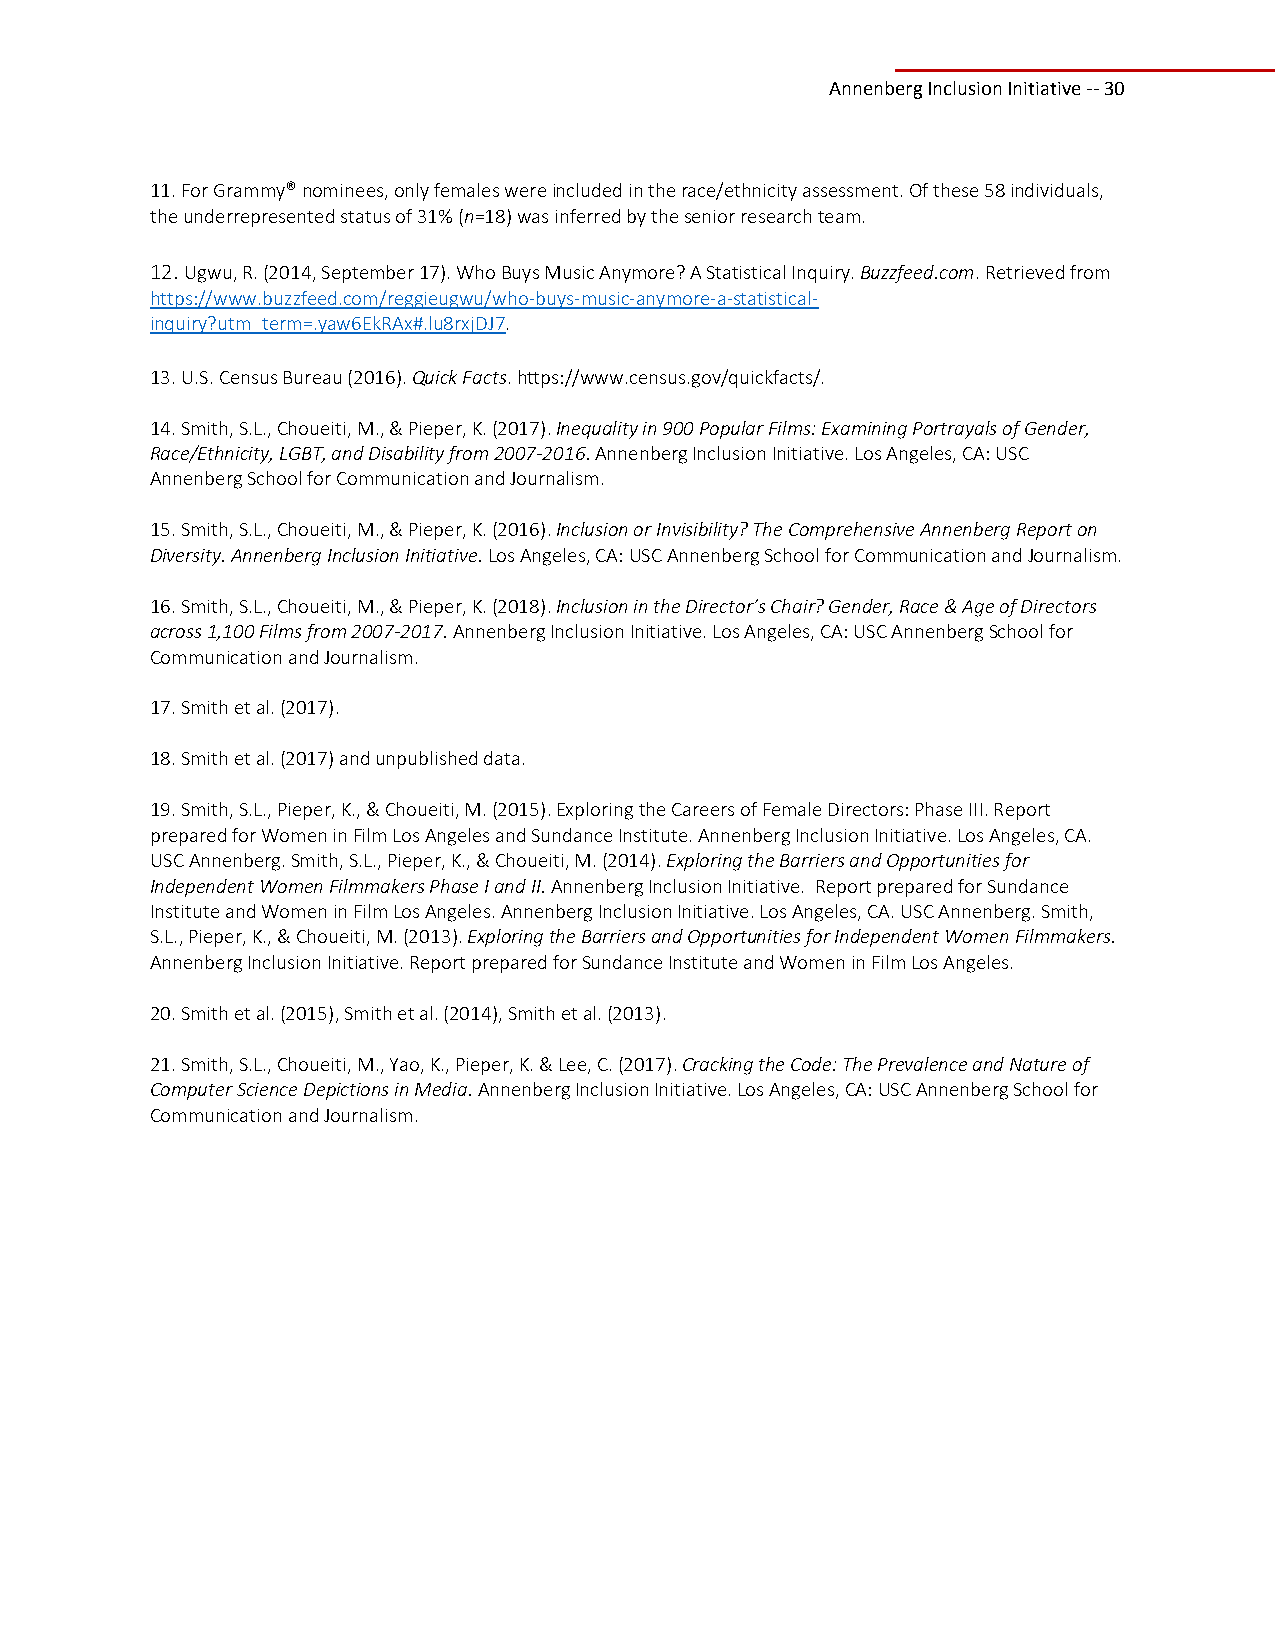
Annenberg Inclusion Initiative ‐‐ 30
 11. For Grammy® nominees, only females were included in the race/ethnicity assessment. Of these 58 individuals,
 the underrepresented status of 31% (n=18) was inferred by the senior research team.
 12. Ugwu, R. (2014, September 17). Who Buys Music Anymore? A Statistical Inquiry. Buzzfeed.com. Retrieved from
 https://www.buzzfeed.com/reggieugwu/who‐buys‐music‐anymore‐a‐statistical‐
 inquiry?utm_term=.yaw6EkRAx#.lu8rxjDJ7.
 13. U.S. Census Bureau (2016). Quick Facts. https://www.census.gov/quickfacts/.
 14. Smith, S.L., Choueiti, M., & Pieper, K. (2017). Inequality in 900 Popular Films: Examining Portrayals of Gender,
 Race/Ethnicity, LGBT, and Disability from 2007‐2016. Annenberg Inclusion Initiative. Los Angeles, CA: USC
 Annenberg School for Communication and Journalism.
 15. Smith, S.L., Choueiti, M., & Pieper, K. (2016). Inclusion or Invisibility? The Comprehensive Annenberg Report on
 Diversity. Annenberg Inclusion Initiative. Los Angeles, CA: USC Annenberg School for Communication and Journalism.
 16. Smith, S.L., Choueiti, M., & Pieper, K. (2018). Inclusion in the Director’s Chair? Gender, Race & Age of Directors
 across 1,100 Films from 2007‐2017. Annenberg Inclusion Initiative. Los Angeles, CA: USC Annenberg School for
 Communication and Journalism.
 17. Smith et al. (2017).
 18. Smith et al. (2017) and unpublished data.
 19. Smith, S.L., Pieper, K., & Choueiti, M. (2015). Exploring the Careers of Female Directors: Phase III. Report
 prepared for Women in Film Los Angeles and Sundance Institute. Annenberg Inclusion Initiative. Los Angeles, CA.
 USC Annenberg. Smith, S.L., Pieper, K., & Choueiti, M. (2014). Exploring the Barriers and Opportunities for
 Independent Women Filmmakers Phase I and II. Annenberg Inclusion Initiative. Report prepared for Sundance
 Institute and Women in Film Los Angeles. Annenberg Inclusion Initiative. Los Angeles, CA. USC Annenberg. Smith,
 S.L., Pieper, K., & Choueiti, M. (2013). Exploring the Barriers and Opportunities for Independent Women Filmmakers.
 Annenberg Inclusion Initiative. Report prepared for Sundance Institute and Women in Film Los Angeles.
 20. Smith et al. (2015), Smith et al. (2014), Smith et al. (2013).
 21. Smith, S.L., Choueiti, M., Yao, K., Pieper, K. & Lee, C. (2017). Cracking the Code: The Prevalence and Nature of
 Computer Science Depictions in Media. Annenberg Inclusion Initiative. Los Angeles, CA: USC Annenberg School for
 Communication and Journalism.